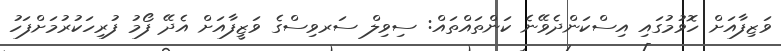
ވަޒިފާއަށް ހޮވުމުގައި އިސްކަންދެވޭނެ ކަންތައްތައް: ސިވިލް ސަރވިސްގެ ވަޒީފާއަށް އެދޭ ފޯމު ފުރިހަކުރުމަށްފަހު